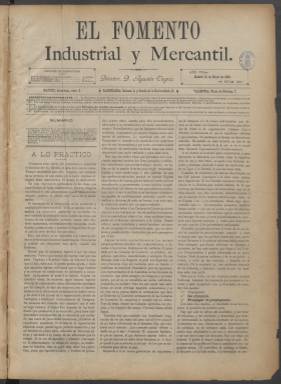
Título: El Fomento industrial y mercantil
Colección: Economía || Industria
Ámbito geográfico: Madrid
Lugar de publicación: Madrid
Fechas: 10/01/1899-31/08/1925